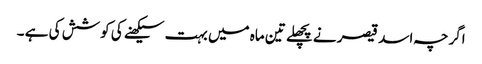
اگرچہ اسد قیصر نے پچھلے تین ماہ میں بہت سیکھنے کی کوشش کی ہے ۔